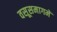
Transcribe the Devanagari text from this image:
वसूसमागमें